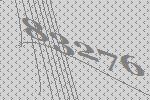
83276